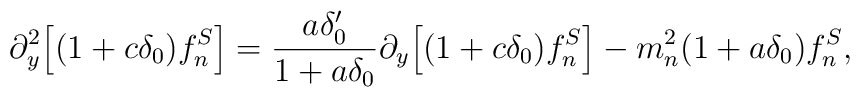
\partial_y^2 \Big[(1+c \delta_0) f_n^S \Big]=\frac{a \delta_0^\prime}{1+a\delta_0} \partial_y \Big[ (1+c \delta_0)f_n^S \Big] -m_n^2 (1+a\delta_0)f_n^S,